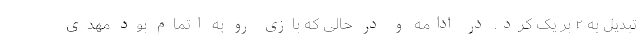
تبدیل به ۲ بر یک کرد. در ادامه و در حالی که بازی رو به اتمام بود مهدی